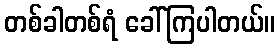
တစ်ခါတစ်ရံ ခေါ်ကြပါတယ်။